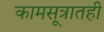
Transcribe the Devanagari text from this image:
कामसूत्रातही